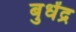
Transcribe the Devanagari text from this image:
बुधेंद्र